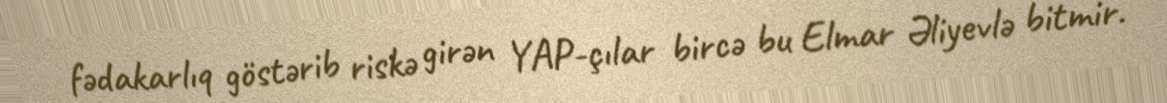
fədakarlıq göstərib riskə girən YAP-çılar bircə bu Elmar Əliyevlə bitmir.